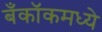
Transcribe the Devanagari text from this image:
बँकॉकमध्ये